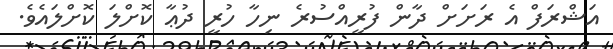
އަޝްރަފް އެ ރަށަށް ދާން ފުރީއްސުރެ ނިހާ ހުރީ ދުޢާ ކޮށްލަ ކޮށްލައެވެ.